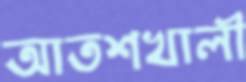
আতশখালী